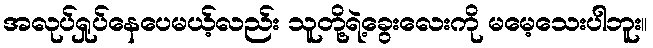
အလုပ်ရှုပ်နေပေမယ့်လည်း သူတို့ရဲ့ခွေးလေးကို မမေ့သေးပါဘူး။